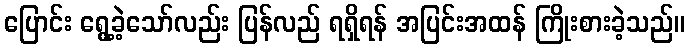
ပြောင်း ရွေ့ခဲ့သော်လည်း ပြန်လည် ရရှိရန် အပြင်းအထန် ကြိုးစားခဲ့သည်။